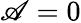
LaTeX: \mathscr{A}=0